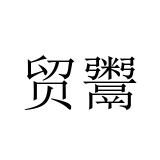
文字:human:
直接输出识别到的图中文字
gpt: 贸鬻